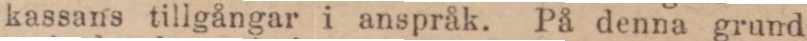
kassans tillgångar i anspråk. På denna grund